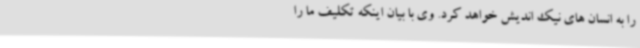
را به انسان های نیک اندیش خواهد کرد. وی با بیان اینکه تکلیف ما را